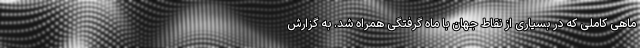
ماهی کاملی که در بسیاری از نقاط جهان با ماه گرفتگی همراه شد. به گزارش